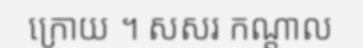
ក្រោយ ។ សសរ កណ្តាល